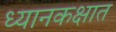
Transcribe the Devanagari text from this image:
ध्यानकक्षात